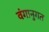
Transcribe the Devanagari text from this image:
वंगानुगत